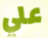
علي